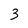
Character: 3